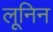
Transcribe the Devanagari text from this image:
लूनिन